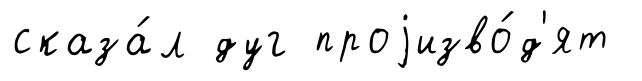
сказа́л дуг проjизво́д'ят